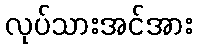
လုပ်သားအင်အား